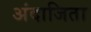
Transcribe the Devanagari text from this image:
अंदाजिता